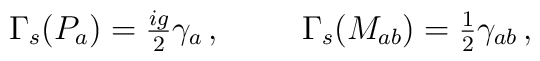
\Gamma_{s}(P_{a}) = {\textstyle\frac{ig}{2}}\gamma_{a}\, ,\hspace{1cm}\Gamma_{s}(M_{ab}) = {\textstyle\frac{1}{2}}\gamma_{ab}\, ,